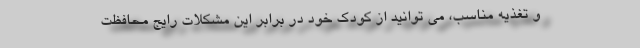
و تغذیه مناسب، می توانید از کودک خود در برابر این مشکلات رایج محافظت